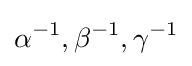
\alpha ^{-1},\beta ^{-1},\gamma ^{-1}